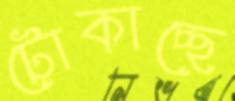
টোকাচ্ছে